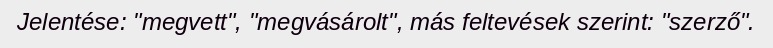
Jelentése: "megvett", "megvásárolt", más feltevések szerint: "szerző".